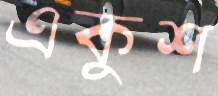
একুশ